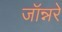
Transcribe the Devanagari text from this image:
जॉन्नरे